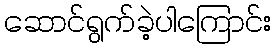
ဆောင်ရွက်ခဲ့ပါကြောင်း